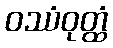
ဝဿံဝုတ္ထံ